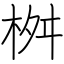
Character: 桝